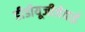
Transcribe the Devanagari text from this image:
डीडीयूजीजेवाई